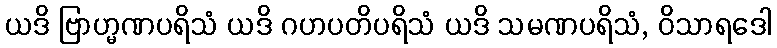
ယဒိ ဗြာဟ္မဏပရိသံ ယဒိ ဂဟပတိပရိသံ ယဒိ သမဏပရိသံ, ဝိသာရဒေါ